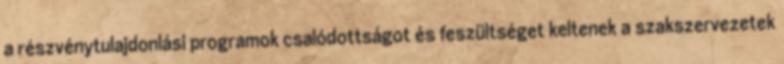
a részvénytulajdonlási programok csalódottságot és feszültséget keltenek a szakszervezetek